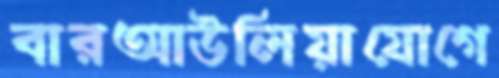
বারআউলিয়াযোগে